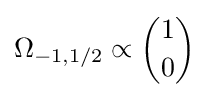
\Omega _{-1,1/2}\propto {\binom {1}{0}}